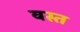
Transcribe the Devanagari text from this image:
वस्त